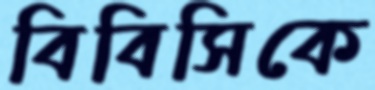
বিবিসিকে